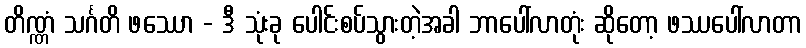
တိဏ္ဏံ သင်္ဂတိ ဖဿော - ဒီ သုံးခု ပေါင်းစပ်သွားတဲ့အခါ ဘာပေါ်လာတုံး ဆိုတော့ ဖဿပေါ်လာတာ